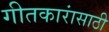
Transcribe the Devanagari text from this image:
गीतकारांसाठी